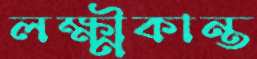
লক্ষ্মীকান্ত